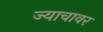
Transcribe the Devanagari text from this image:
ज्याचावर